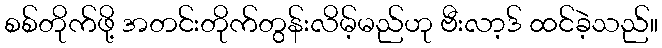
စစ်တိုက်ဖို့ အတင်းတိုက်တွန်းလိမ့်မည်ဟု ဗီးလာ့ဒ် ထင်ခဲ့သည်။